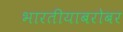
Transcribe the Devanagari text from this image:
भारतीयाबरोबर